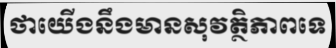
ថាយើងនឹងមានសុវត្ថិភាពទេ